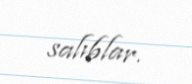
salıblar.